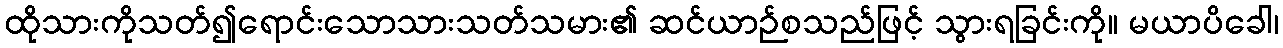
ထိုသားကိုသတ်၍ရောင်းသောသားသတ်သမား၏ ဆင်ယာဉ်စသည်ဖြင့် သွားရခြင်းကို။ မယာပိခေါ၊